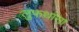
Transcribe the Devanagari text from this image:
लुफथांसा